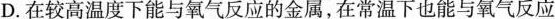
D.在较高温度下能与氧气反应的金属，在常温下也能与氧气反应